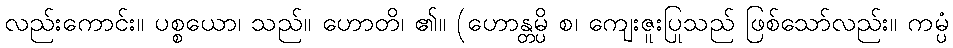
လည်းကောင်း။ ပစ္စယော၊ သည်။ ဟောတိ၊ ၏။ (ဟောန္တမ္ပိ စ၊ ကျေးဇူးပြုသည် ဖြစ်သော်လည်း။ ကမ္ပံ